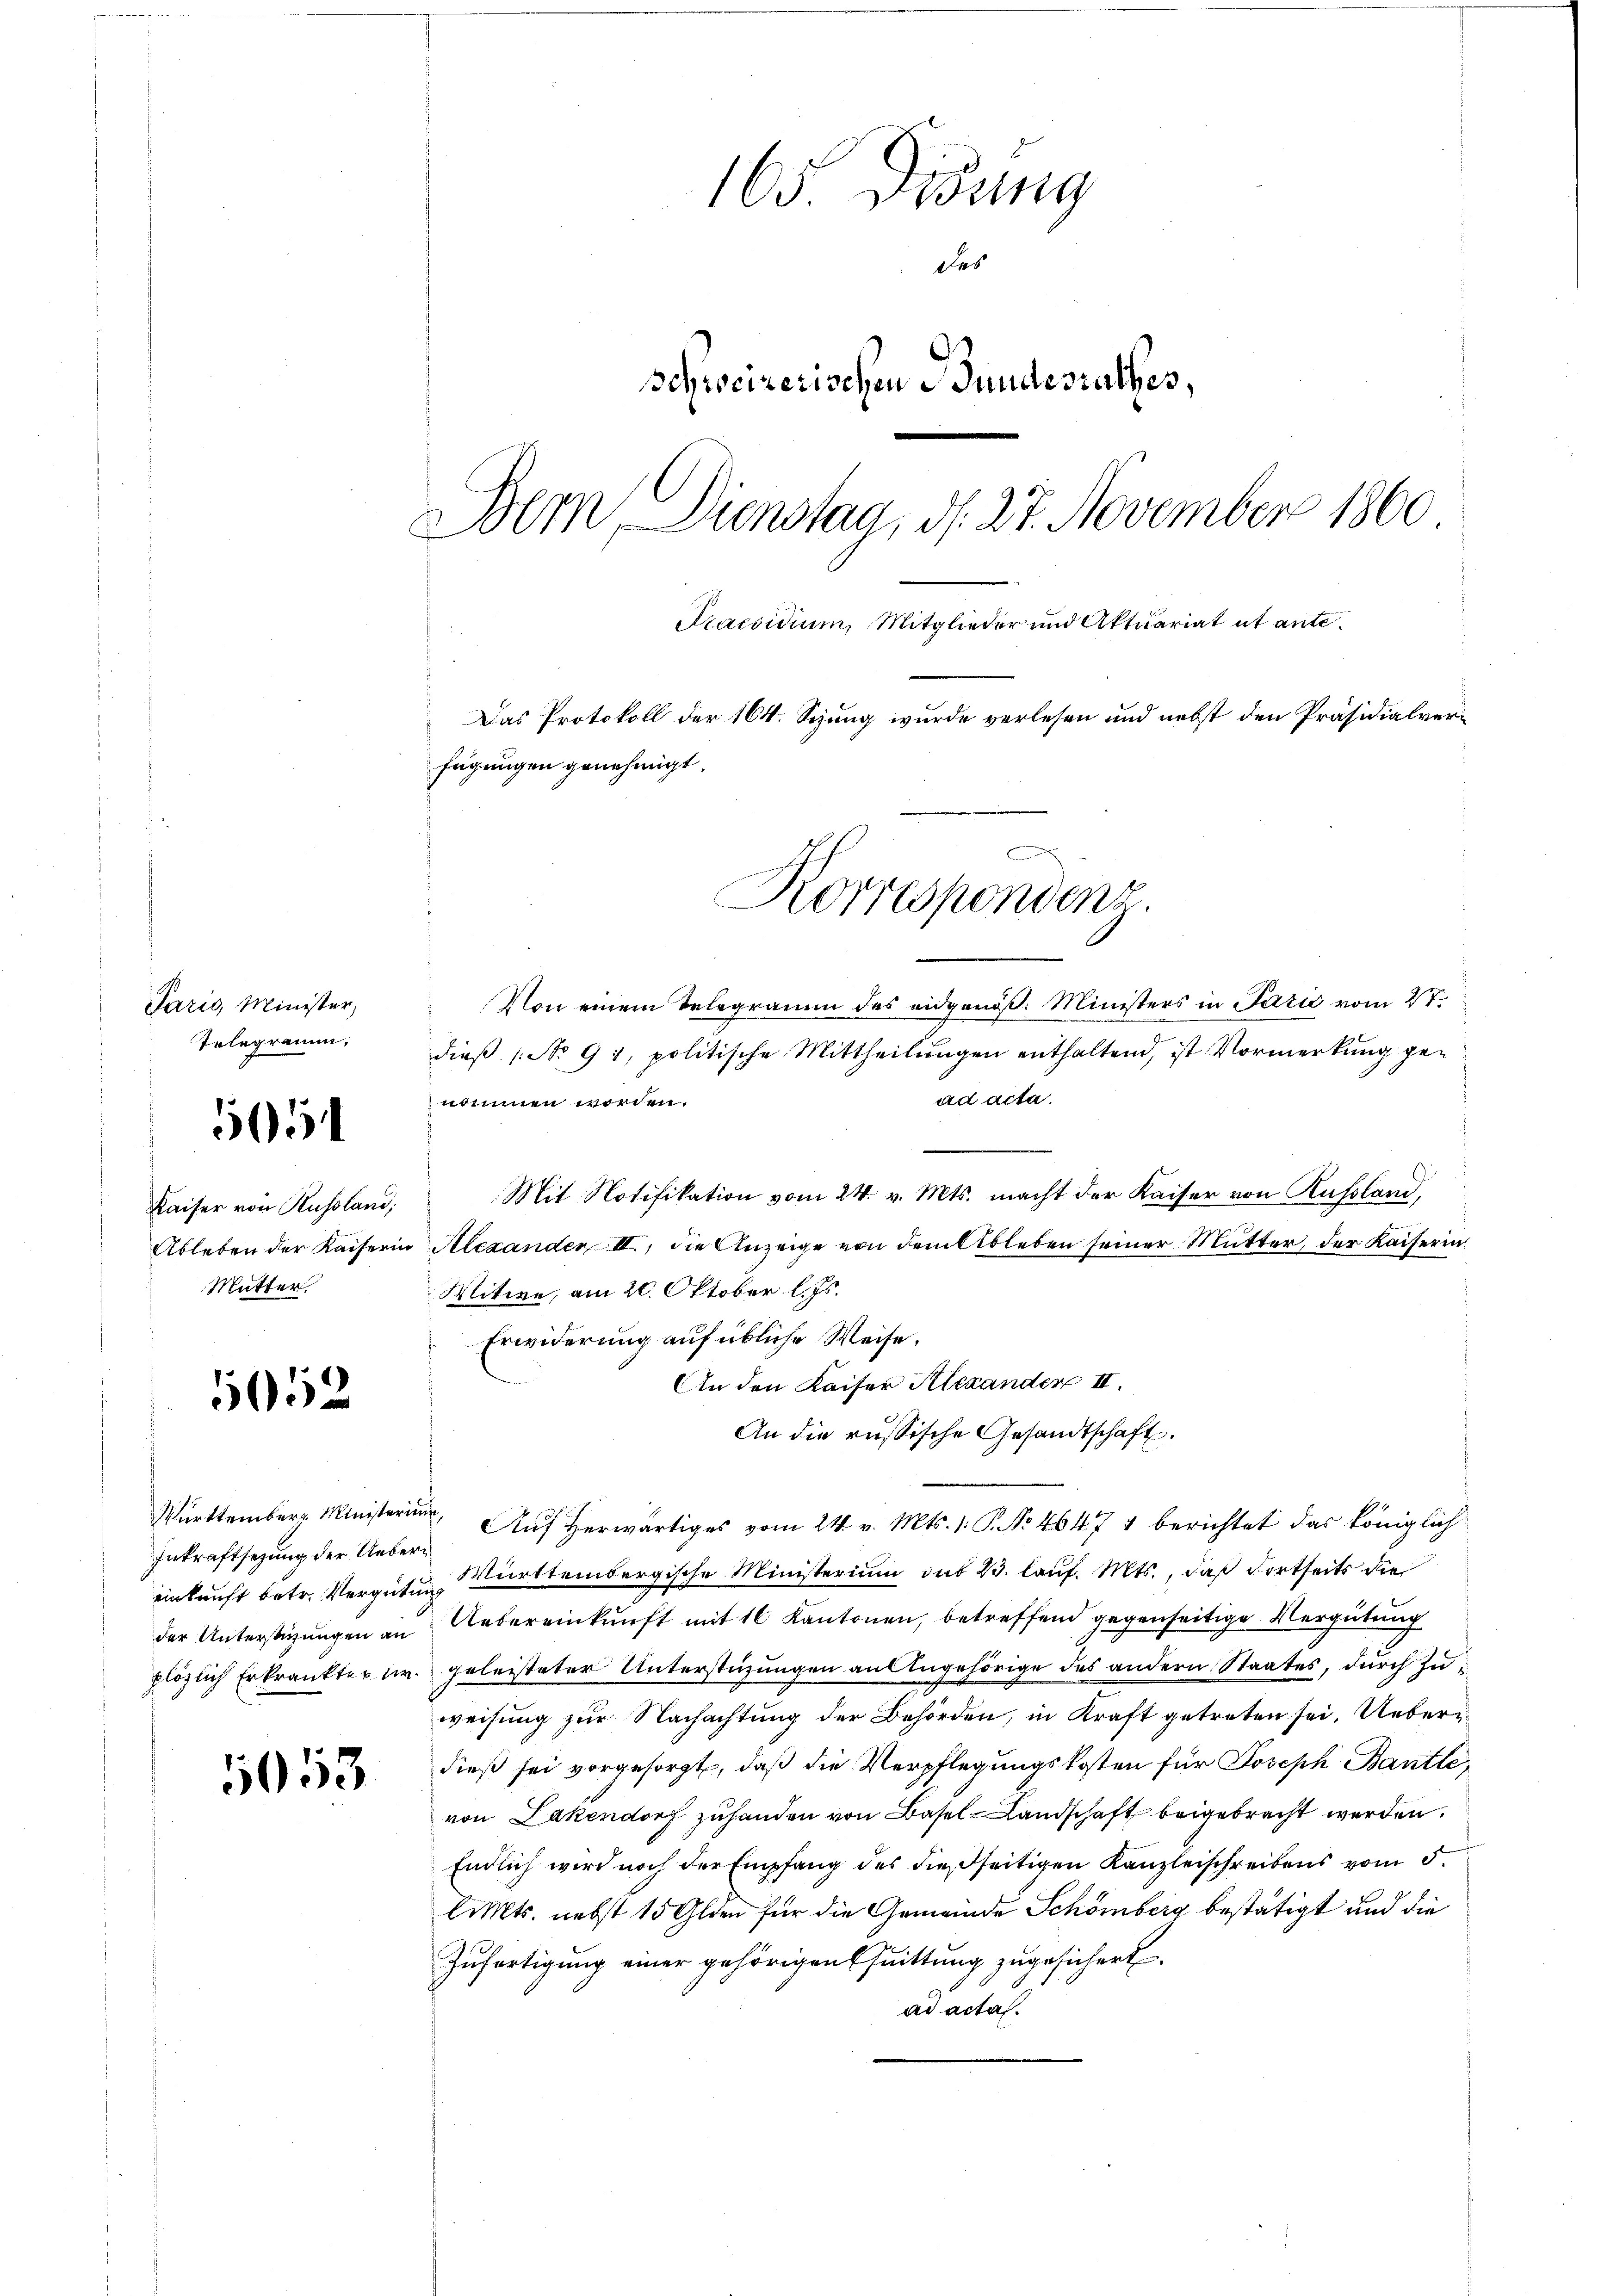
Paris Minister,
Telegramm,

505

552

Kaiser von Russland;
Mutter.

Inkraftsetzung der Uebereinkunft betr. Vergütung

5053

165 Didung
des
Schreizerischen Bundesrathes,
Bem, Dienstag, d. 27. November 1860
Praesidium, Mitglieder und Aktuariat et ante¬
Das Protokoll der 164. Sitzung wurde verlesen und nebst den Präsidialverfügungen genehmigt.
Korrespondenz.

Von einem Telegramm des eidgenöß. Ministers in Parić vom 27.
dieβ (No 91, politische Mittheilŭngen enthaltend, ist Vormerkung ge-
ad acta.
nommen worden.
Mit Notifikation vom 24. v. Mts. macht der Kaiser von Kussland,
Ableben der Kaiserin Alexander II., die Anzeige von dem Ableben seiner Mutter, der Kaiserin
Witwe, am 20. Oktober l. Js.
Erwiderung auf übliche Weise.
AIn den Kaiser Alexander II
An die russische Gesandtschaft.
Württember Ministerium Auf herwärtiges vom 24. v. Mts. 1. P. No 4647 1 berichtet das königlich
Württembergische Ministerium du 23. lauf. Mts., daß dortseits die
der Unterstüzungen an Uebereinkunft mit 10 Kantonen, betreffend gegenseitige Vergütung
plözlich Erkrankter u. geleisteter Unterstüzungen an Angehörige des andern Staates, durch Zuweisung zur Nachachtung der Behörden, in Kraft getreten sei. Ueberdieß sei vorgesorgt, daß die Verpflegungskosten für Joseph Bantte,
von Lakendorf zuhanden von Basel-Landschaft beigebracht werden.
Endlich wird noch der Empfang des dießseitigen Kanzleischreibens vom 5.
liMts. nebst 15 Glden für die Gemeinde Schönberg bestätigt und die
Zufertigung einer gehörigen Quittung zugesichert.
ad acta.